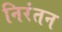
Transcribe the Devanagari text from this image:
निरंतन